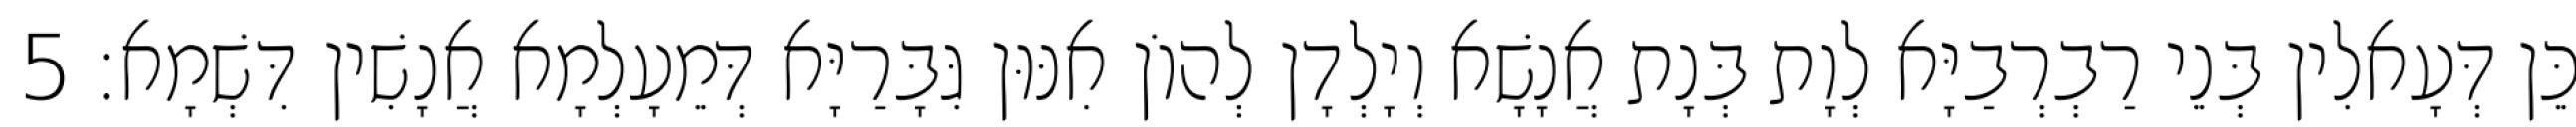
כֵּן דְּעָאלִין בְּנֵי רַבְרְבַיָּא לְוָת בְּנָת אֲנָשָׁא וְיָלְדָן לְהוֹן אִנּוּן גִּבָּרַיָּא דְּמֵעָלְמָא אֲנָשִׁין דִּשְׁמָא׃ 5